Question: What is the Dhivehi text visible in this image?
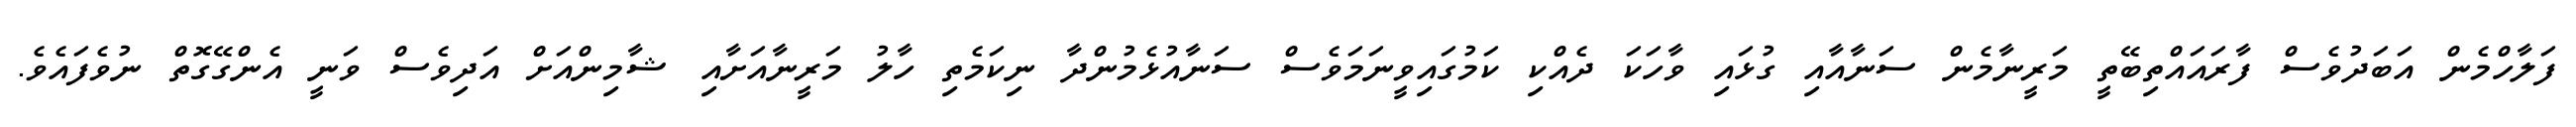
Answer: ފަލާހްމެން އަބަދުވެސް ފާރައައްތިބޭތީ މަރީނާމެން ސަނާއާއި ގުޅައި ވާހަކަ ދެއްކި ކަމުގައިވީނަމަވެސް ސަނާއުޅެމުންދާ ނިކަމެތި ހާލު މަރީނާއަށާއި ޝާމިންއަށް އަދިވެސް ވަނީ އެންގޭގޮތް ނުވެފައެވެ.